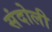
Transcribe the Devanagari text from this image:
संदोली